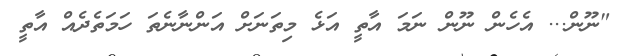
"ނޫން... އެހެން ނޫން ނަމަ އާތީ އަޅެ މިތަނަށް އަންނާނެތަ ހަމަތެދެއް އާތީ